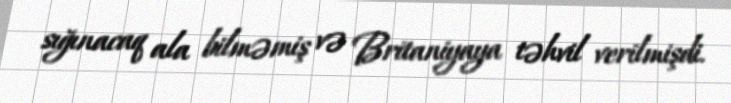
sığınacaq ala bilməmiş və Britaniyaya təhvil verilmişdi.